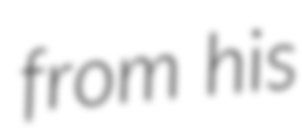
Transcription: from his